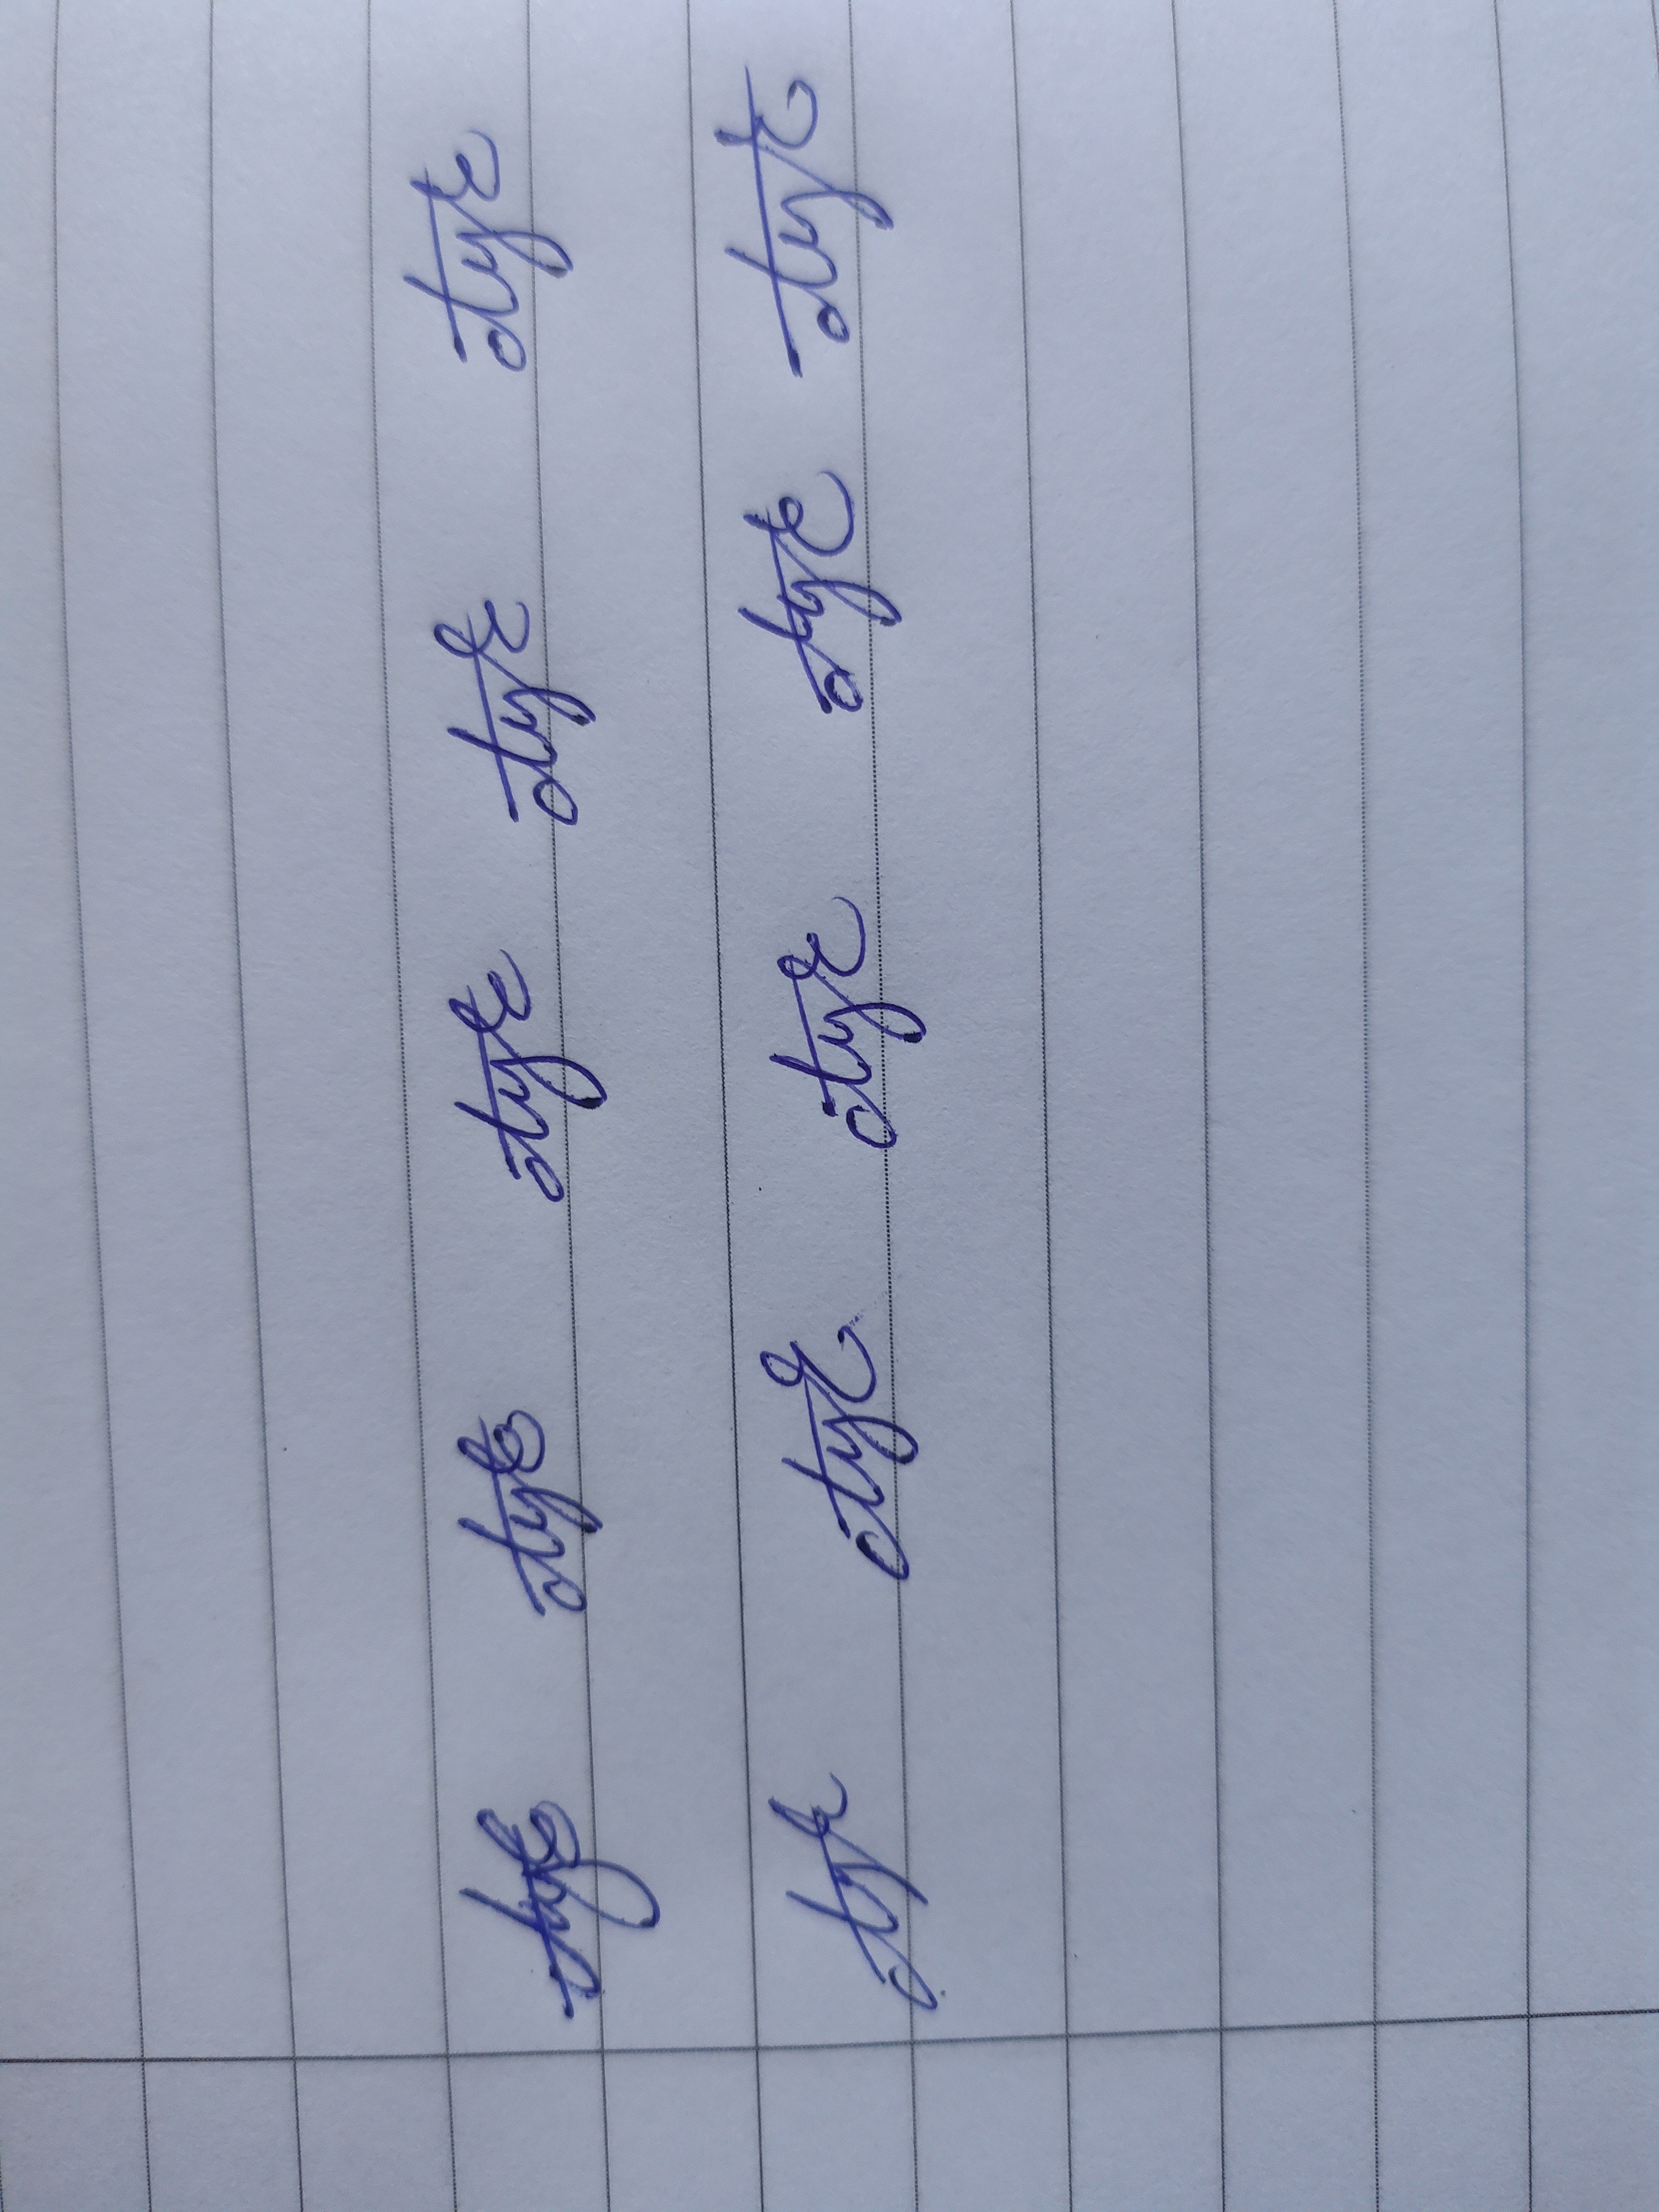
Signature authenticity: genuine